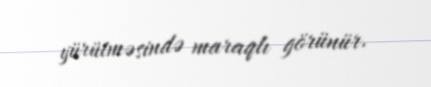
yürütməsində maraqlı görünür.